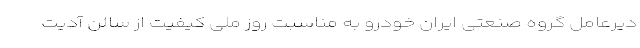
دیرعامل گروه صنعتی ایران خودرو به مناسبت روز ملی کیفیت از سالن آدیت